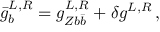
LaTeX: \bar { g } _ { b } ^ { L , R } = g _ { Z b \bar { b } } ^ { L , R } + \delta g ^ { L , R } \, ,